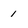
Character: 1